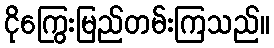
ငိုကြွေးမြည်တမ်းကြသည်။